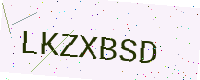
Text: LKZXBSD